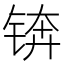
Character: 锛